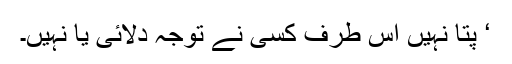
‘ پتا نہیں اس طرف کسی نے توجہ دلائی یا نہیں۔